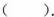
( )。